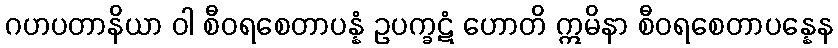
ဂဟပတာနိယာ ဝါ စီဝရစေတာပန္နံ ဥပက္ခဋံ ဟောတိ ဣမိနာ စီဝရစေတာပန္နေန